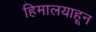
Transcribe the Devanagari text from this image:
हिमालयाहून